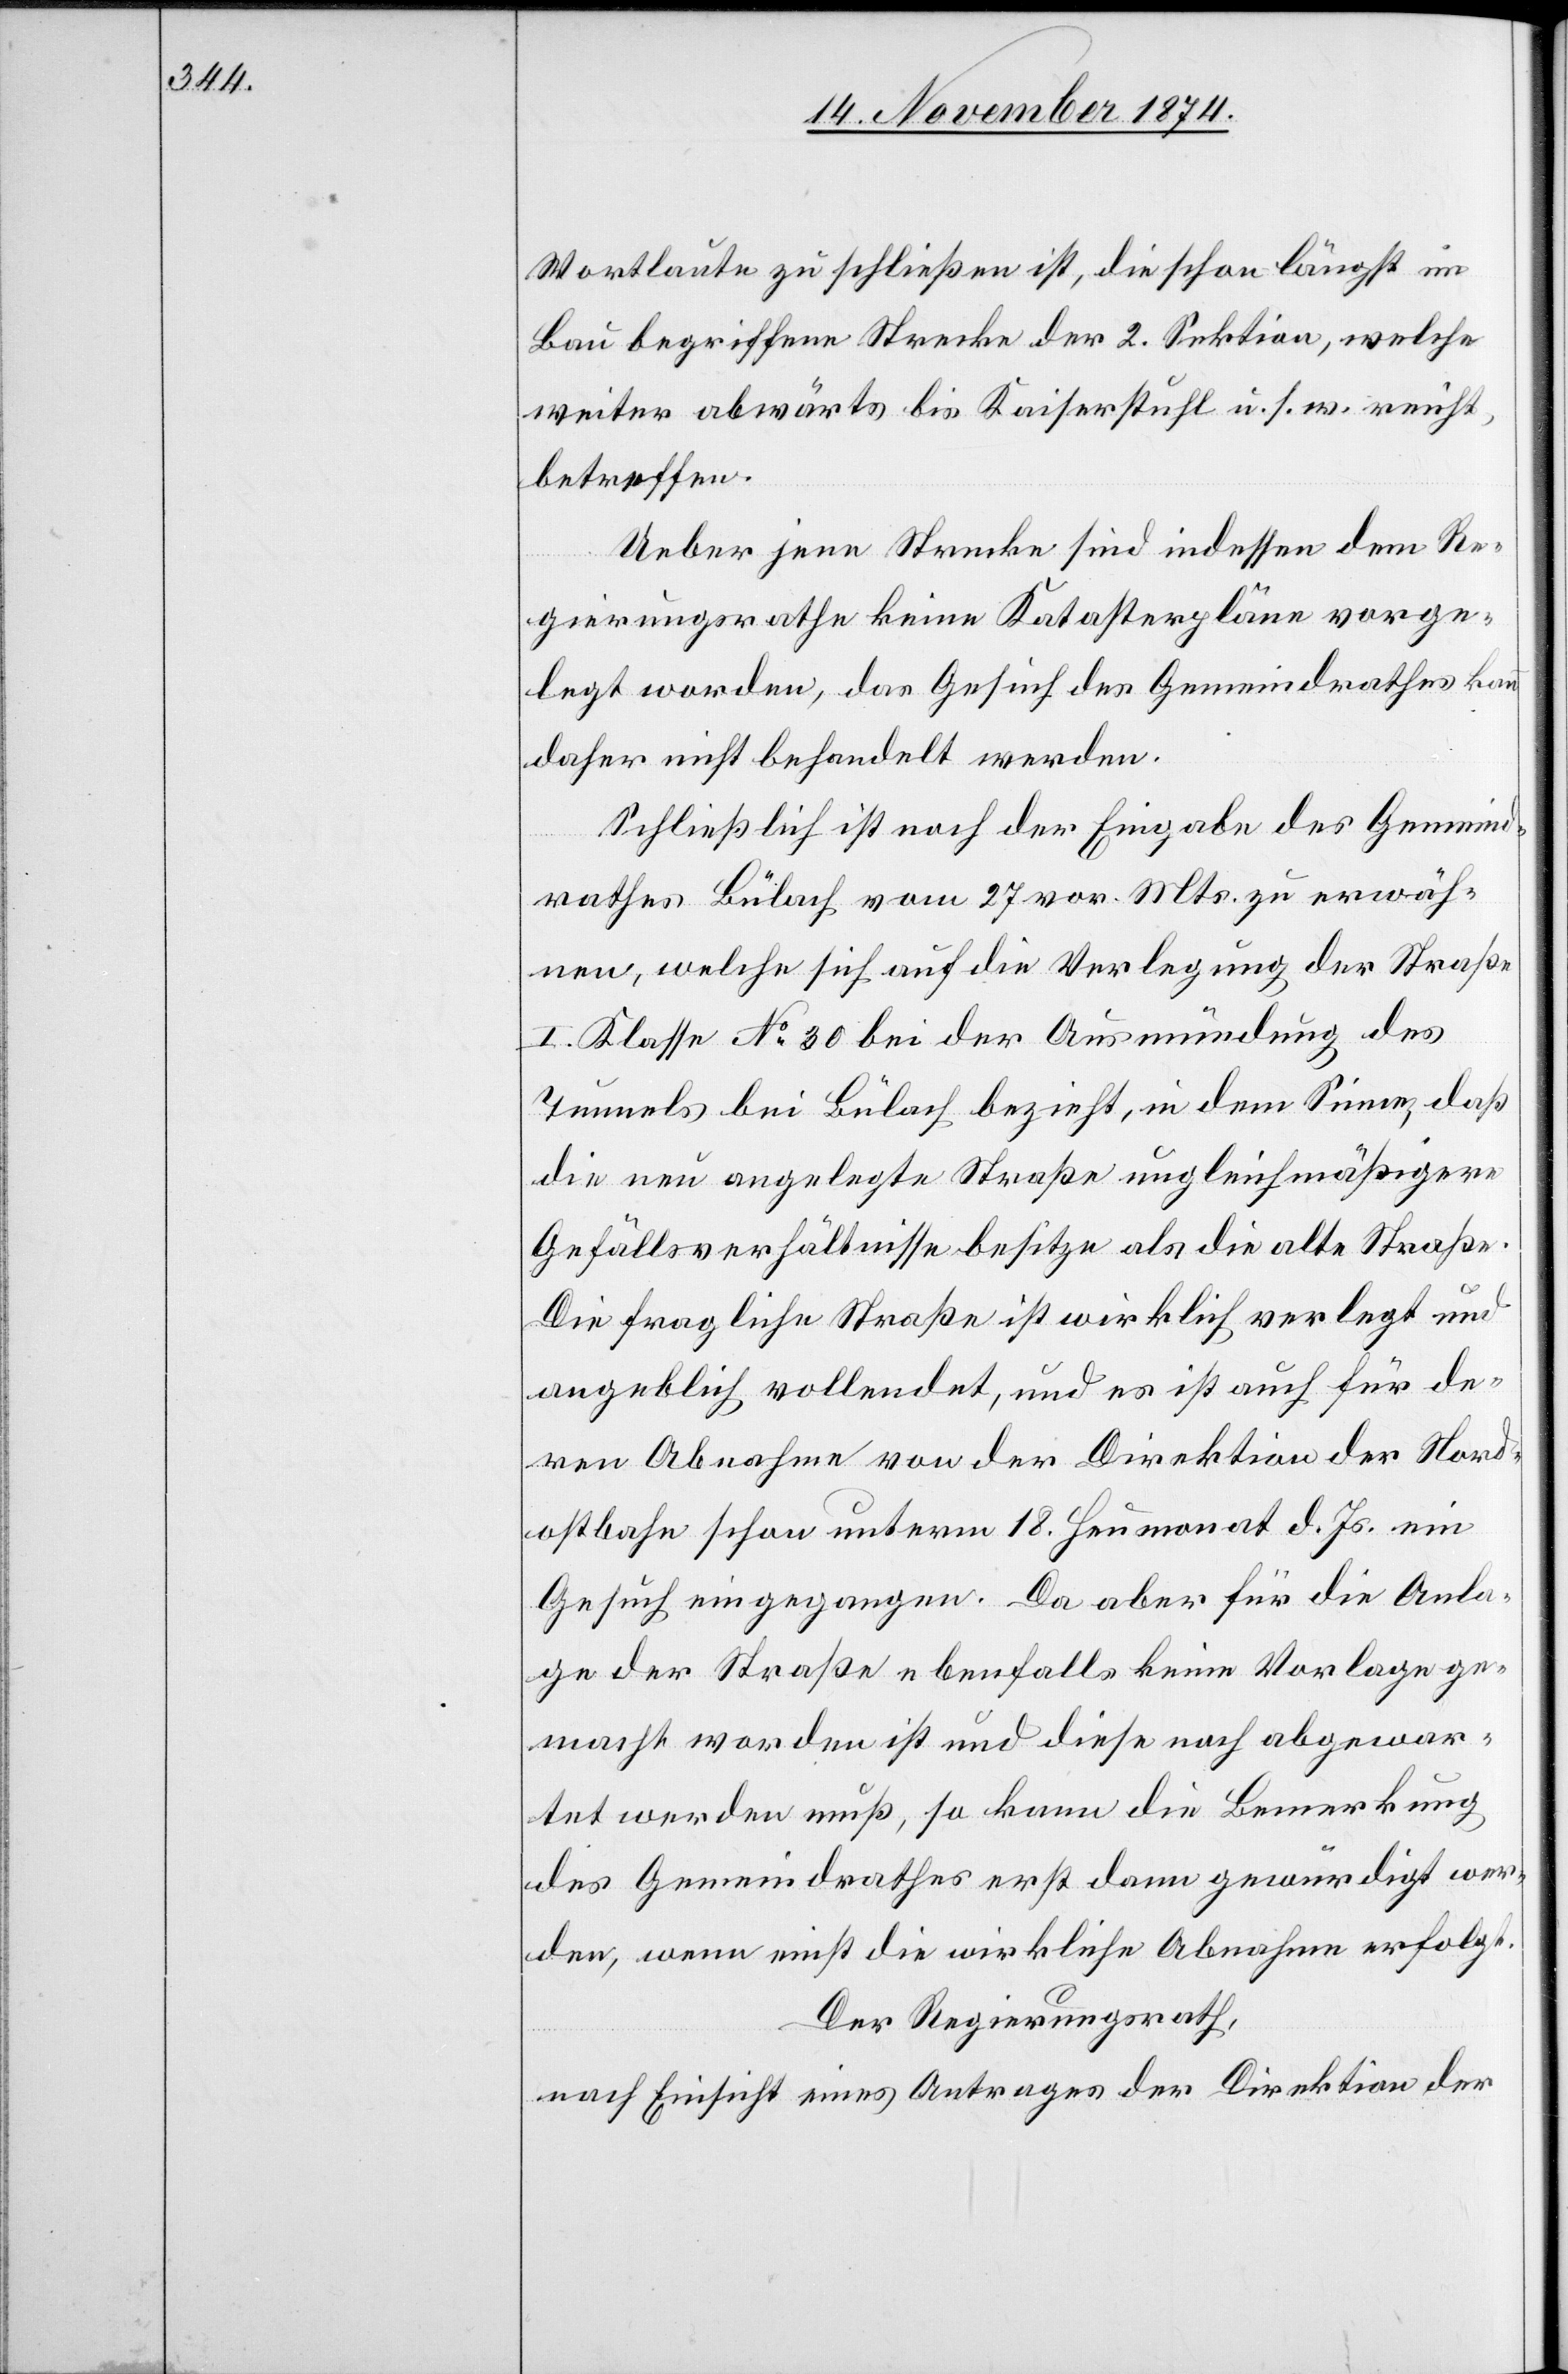
Wortlaute zu schließen ist, die schon längst im
Bau begriffene Strecke der 2. Sektion, welche
weiter abwärts bis Kaiserstuhl u. s. w. reicht,
betreffen.
Ueber jene Strecke sind indessen dem Re¬
gierungsrathe keine Katasterpläne vorge¬
legt worden, das Gesuch des Gemeindrathes kann
daher nicht behandelt werden.
Schließlich ist nach der Eingabe des Gemeind¬
rathes Bülach vom 27 vor. Mts. zu erwäh¬
nen, welche sich auf die Verlegung der Straße
I. Klasse No 30 bei der Ausmündung des
Tunnels bei Bülach bezieht, in dem Sinne, daß
die neu angelegte Straße ungleichmäßigere
Gefällsverhältnisse besitze als die alte Straße.
Die fragliche Straße ist wirklich verlegt und
angeblich vollendet, und es ist auch für de¬
ren Abnahme von der Direktion der Nord¬
ostbahn schon unterm 18. Heumonat d. Js. ein
Gesuch eingegangen. Da aber für die Anla¬
ge der Straße ebenfalls keine Vorlage ge¬
macht worden ist und diese noch abgewar¬
tet werden muß, so kann die Bemerkung
des Gemeindrathes erst dann gewürdigt wer¬
den, wenn einst die wirkliche Abnahme erfolgt.
Der Regierungsrath,
nach Einsicht eines Antrages der Direktion der